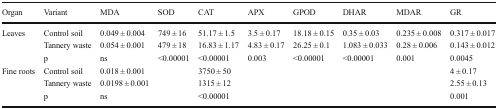
<table><thead><tr><td><b>Organ</b></td><td><b>Variant</b></td><td><b>MDA</b></td><td><b>SOD</b></td><td><b>CAT</b></td><td><b>APX</b></td><td><b>GPOD</b></td><td><b>DHAR</b></td><td><b>MDAR</b></td><td><b>GR</b></td></tr></thead><tbody><tr><td>Leaves</td><td>Control soil</td><td>0.049 ± 0.004</td><td>749 ± 16</td><td>51.17 ± 1.5</td><td>3.5 ± 0.17</td><td>18.18 ± 0.15</td><td>0.35 ± 0.03</td><td>0.235 ± 0.008</td><td>0.317 ± 0.017</td></tr><tr><td></td><td>Tannery waste</td><td>0.054 ± 0.001</td><td>479 ± 18</td><td>16.83 ± 1.17</td><td>4.83 ± 0.17</td><td>26.25 ± 0.1</td><td>1.083 ± 0.033</td><td>0.28 ± 0.006</td><td>0.143 ± 0.012</td></tr><tr><td></td><td>p</td><td>ns</td><td>&lt;0.00001</td><td>&lt;0.00001</td><td>0.003</td><td>&lt;0.00001</td><td>&lt;0.00001</td><td>0.001</td><td>0.0045</td></tr><tr><td>Fine roots</td><td>Control soil</td><td>0.018 ± 0.001</td><td></td><td>3750 ± 50</td><td></td><td></td><td></td><td></td><td>4 ± 0.17</td></tr><tr><td></td><td>Tannery waste</td><td>0.0198 ± 0.001</td><td></td><td>1315 ± 12</td><td></td><td></td><td></td><td></td><td>2.55 ± 0.13</td></tr><tr><td></td><td>p</td><td>ns</td><td></td><td>&lt;0.00001</td><td></td><td></td><td></td><td></td><td>0.001</td></tr></tbody></table>